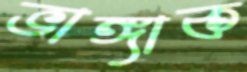
ভাঙ্গাক